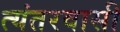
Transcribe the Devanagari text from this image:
त्यंतरवासी